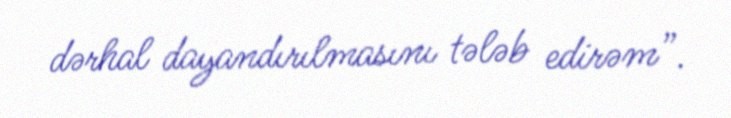
dərhal dayandırılmasını tələb edirəm”.